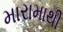
મારામાથી